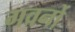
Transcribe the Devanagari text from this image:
गवर्नो